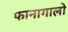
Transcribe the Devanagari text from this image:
फानागालो